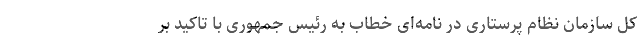
کل سازمان نظام پرستاری در نامه‌ای خطاب به رئیس جمهوری با تاکید بر